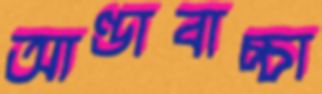
আণ্ডাবাচ্চা